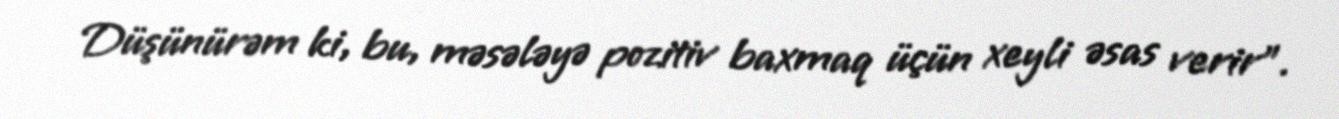
Düşünürəm ki, bu, məsələyə pozitiv baxmaq üçün xeyli əsas verir”.